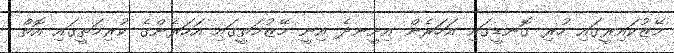
މޭޒުކައިރީގައި ހުރި ގޮނޑީގައި އަހަރެން އިށީނދެ އިނީ މޭޒުމަތީގައި އަހަރެންގެ ކުރިމަތީގައި އޮތް